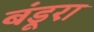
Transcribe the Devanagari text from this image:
बंडूरा